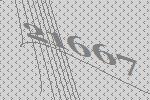
21667